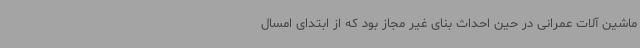
ماشین آلات عمرانی در حین احداث بنای غیر مجاز بود که از ابتدای امسال